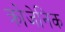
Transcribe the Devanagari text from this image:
क्रोजेनिक